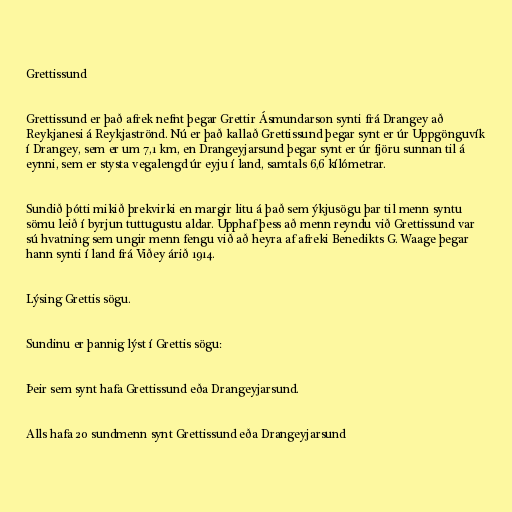
Grettissund

Grettissund er það afrek nefnt þegar Grettir Ásmundarson synti frá Drangey að
Reykjanesi á Reykjaströnd. Nú er það kallað Grettissund þegar synt er úr Uppgönguvík
í Drangey, sem er um 7,1 km, en Drangeyjarsund þegar synt er úr fjöru sunnan til á
eynni, sem er stysta vegalengd úr eyju í land, samtals 6,6 kílómetrar.

Sundið þótti mikið þrekvirki en margir litu á það sem ýkjusögu þar til menn syntu
sömu leið í byrjun tuttugustu aldar. Upphaf þess að menn reyndu við Grettissund var
sú hvatning sem ungir menn fengu við að heyra af afreki Benedikts G. Waage þegar
hann synti í land frá Viðey árið 1914.

Lýsing Grettis sögu.

Sundinu er þannig lýst í Grettis sögu:

Þeir sem synt hafa Grettissund eða Drangeyjarsund.

Alls hafa 20 sundmenn synt Grettissund eða Drangeyjarsund